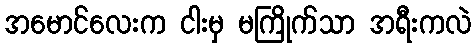
အမောင်လေးက ငါးမှ မကြိုက်သာ အရီးကလဲ